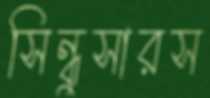
সিন্ধুসারস